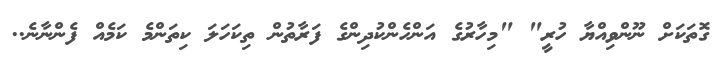
ގޮތަކަށް ނޫންވިއްޔާ ހުރީ" "މިހާރުގެ އަންހެންކުދިންގެ ފަރާތުން ތިކަހަލަ ކިތަންމެ ކަމެއް ފެންނާނެ..